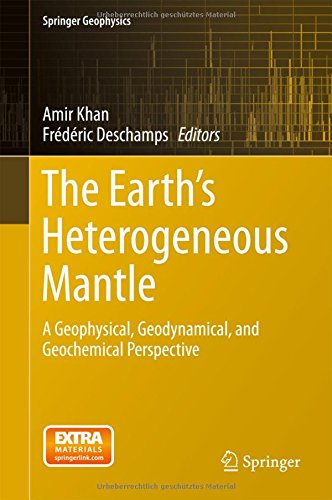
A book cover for The Earth's Heterogeneous Mantle: A Geophysical, Geodynamical, and Geochemical Perspective (Springer Geophysics); Science & Math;